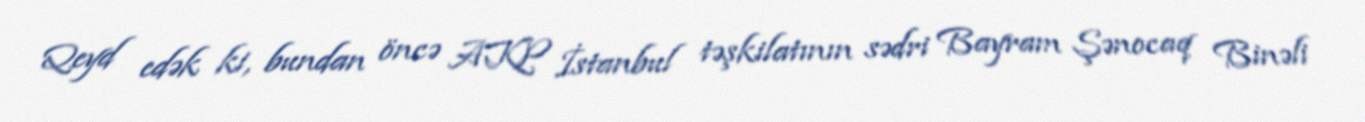
Qeyd edək ki, bundan öncə AKP İstanbul təşkilatının sədri Bayram Şənocaq Binəli